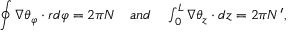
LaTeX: \oint \nabla \theta _ { \varphi } \cdot r d \varphi = 2 \pi N \quad \textstyle { a n d } \quad \int _ { 0 } ^ { L } \nabla \theta _ { z } \cdot d z = 2 \pi N ^ { \prime } ,